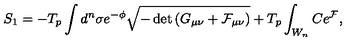
S _ { 1 } = - T _ { p } \int d ^ { n } \sigma e ^ { - \phi } \sqrt { - \det { \left( G _ { \mu \nu } + { \cal F } _ { \mu \nu } \right) } } + T _ { p } \int _ { W _ { n } } C e ^ { \cal F } ,